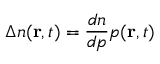
\Delta n ( \mathbf { r } , t ) = \frac { d n } { d p } p ( \mathbf { r } , t )